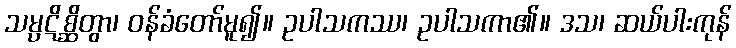
သမ္ပဋိစ္ဆိတွာ၊ ဝန်ခံတော်မူ၍။ ဥပါသကဿ၊ ဥပါသကာ၏။ ဒသ၊ ဆယ်ပါးကုန်